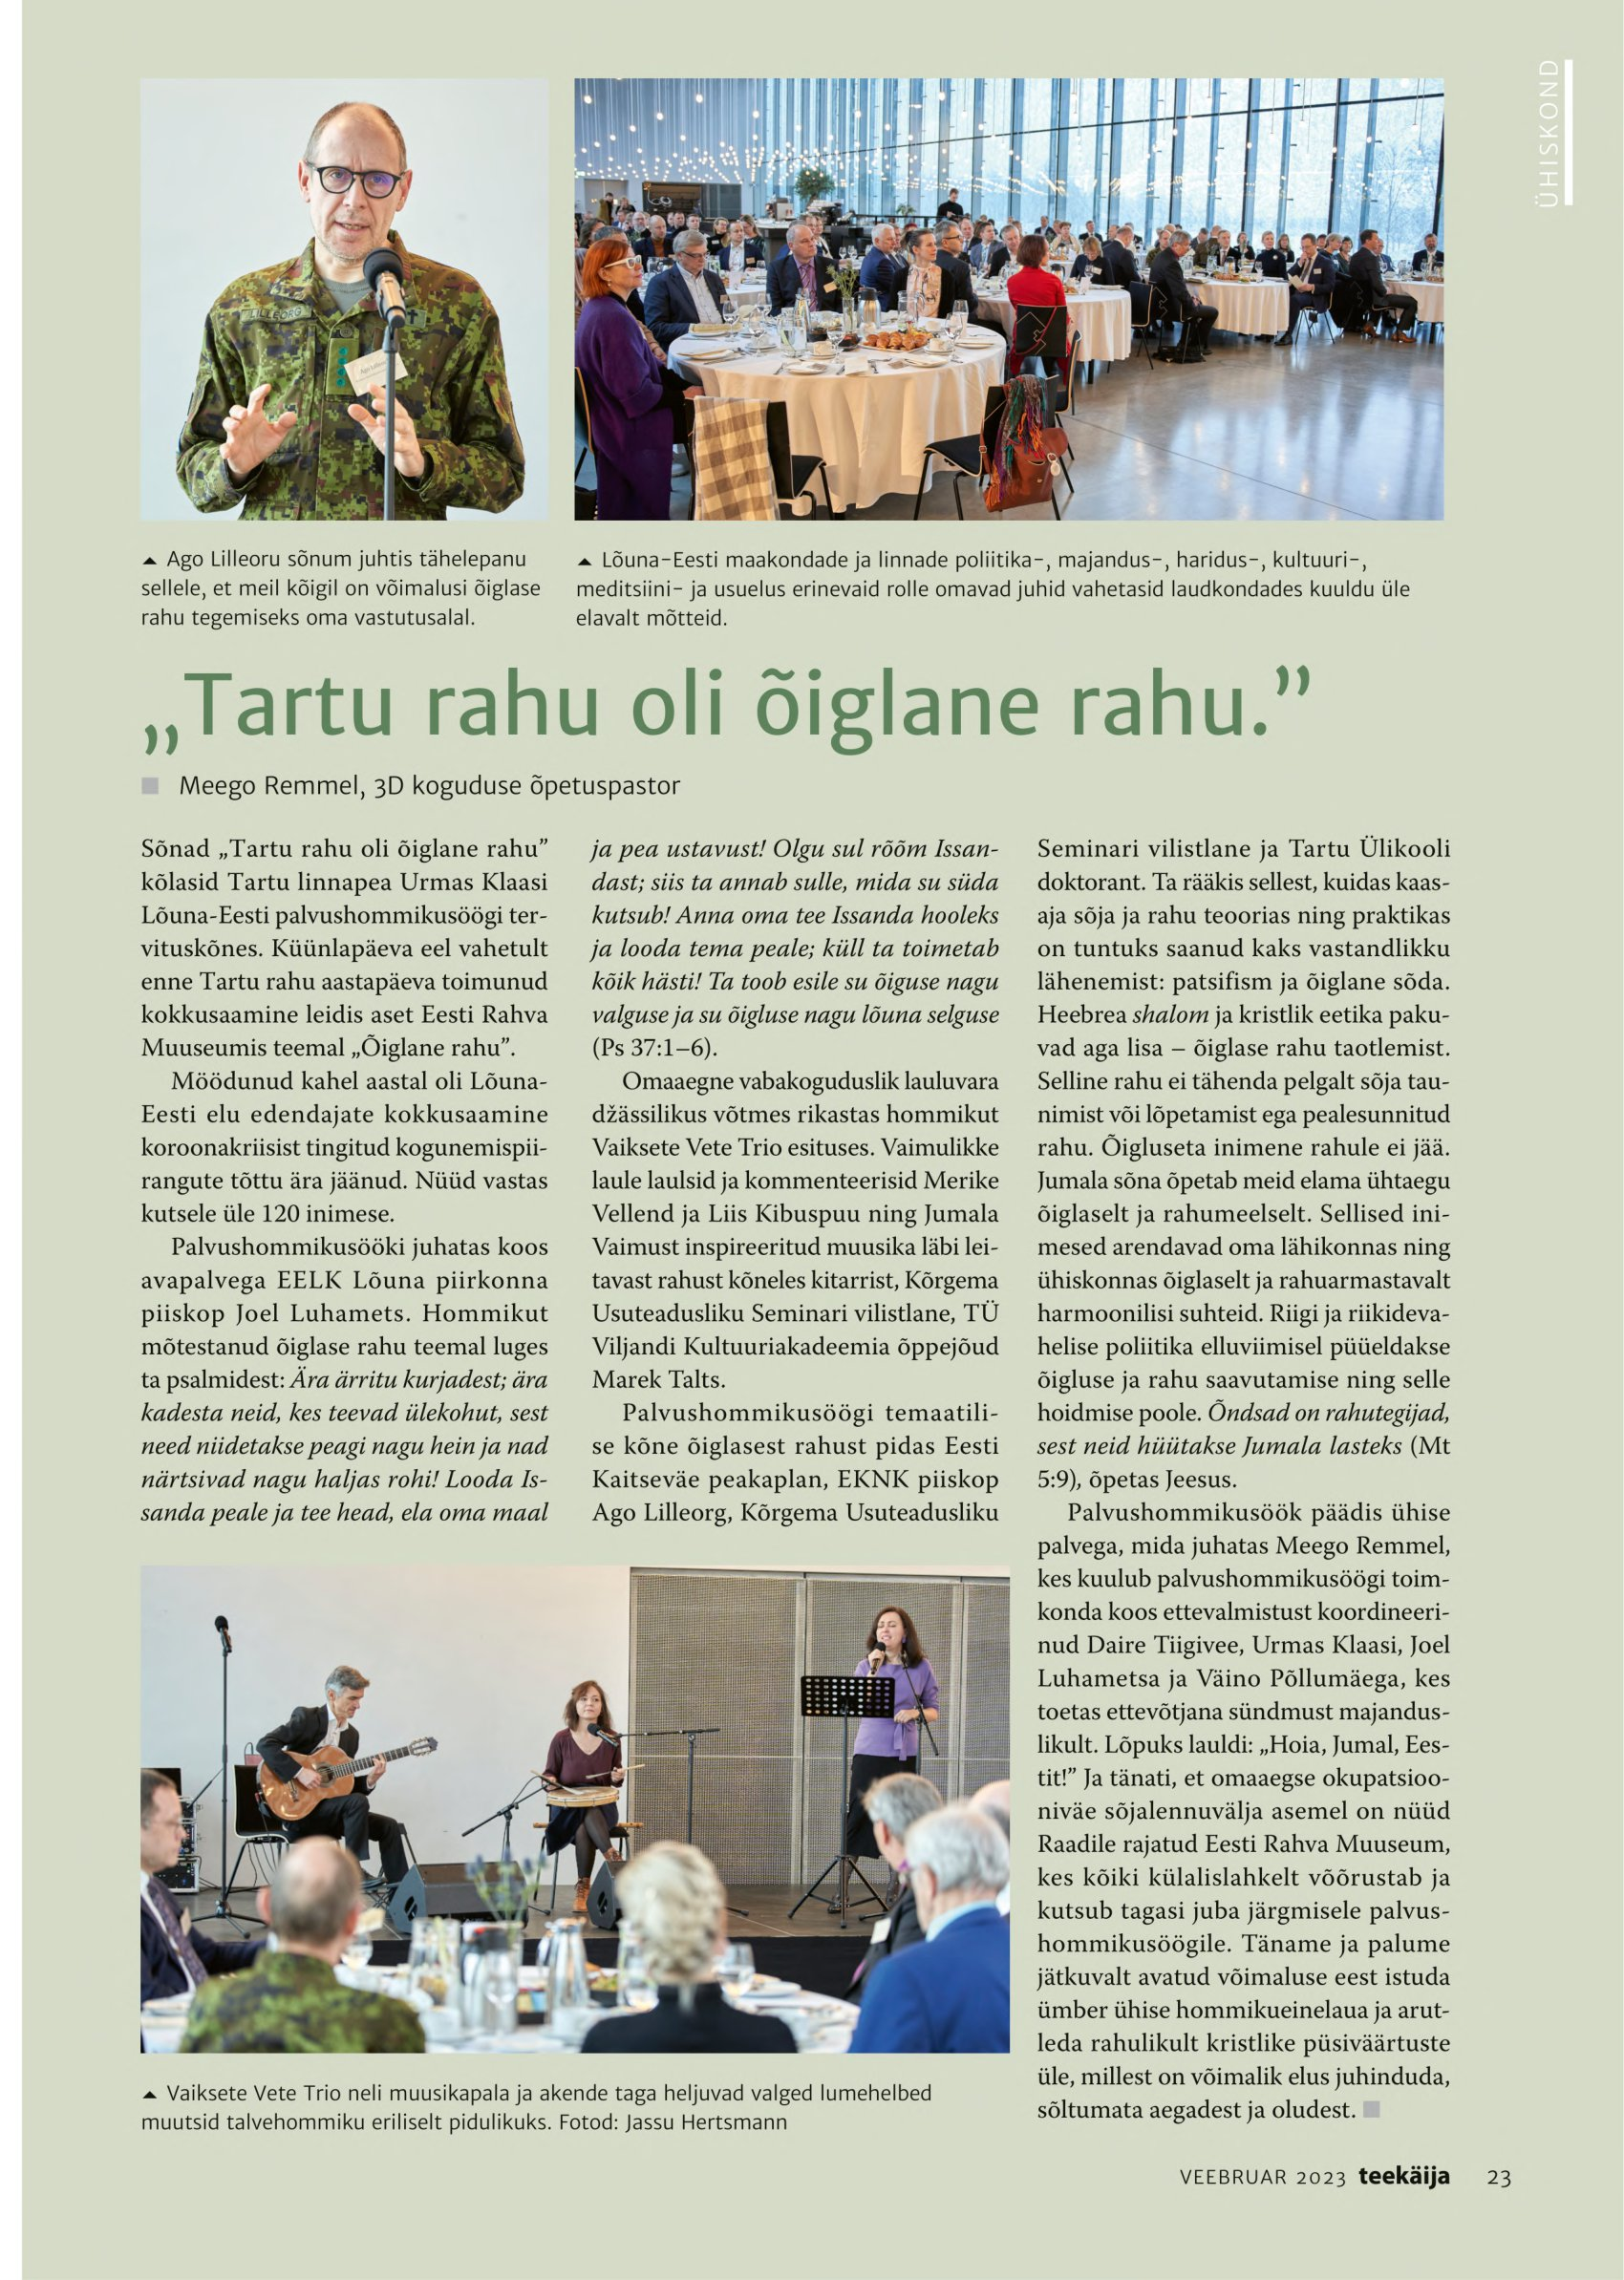
Language: et